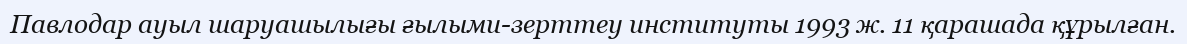
Павлодар ауыл шаруашылығы ғылыми-зерттеу институты 1993 ж. 11 қарашада құрылған.